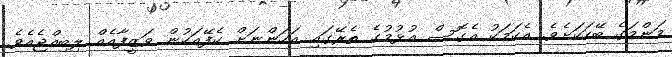
މަންމަގެ ބޭހަކަށެވެ. އެކަމަކު އެގޮސް އުޅުމުގެ ތެރޭގައި އަހަންނަށް ކެފޭއަކުން ވަޒީފާއެއް ލިބިއްޖެއެވެ.